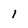
Character: I